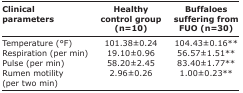
| Clinical parameters | Healthy control group (n=10) | Buffaloes suffering from FUO (n=30) |
 | --- | --- | --- |
 | Temperature (°F) | 101.38±0.24 | 104.43±0.16** |
 | Respiration (per min) | 19.10±0.96 | 56.57±1.51** |
 | Pulse (per min) | 58.20±2.45 | 83.40±1.77** |
 | Rumen motility (per two min) | 2.96±0.26 | 1.00±0.23** |